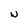
Character: w